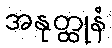
အနုတ္ထုနံ